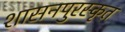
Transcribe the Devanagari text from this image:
शासनपुरस्कृत